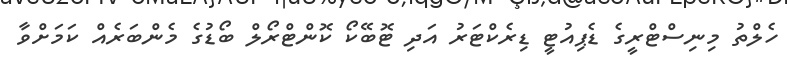
ހެލްތު މިނިސްޓްރީގެ ޑެޕިއުޓީ ޑިރެކްޓަރު އަދި ޓޮބޭކޯ ކޮންޓްރޯލް ބޯޑުގެ މެންބަރެއް ކަމަށްވާ